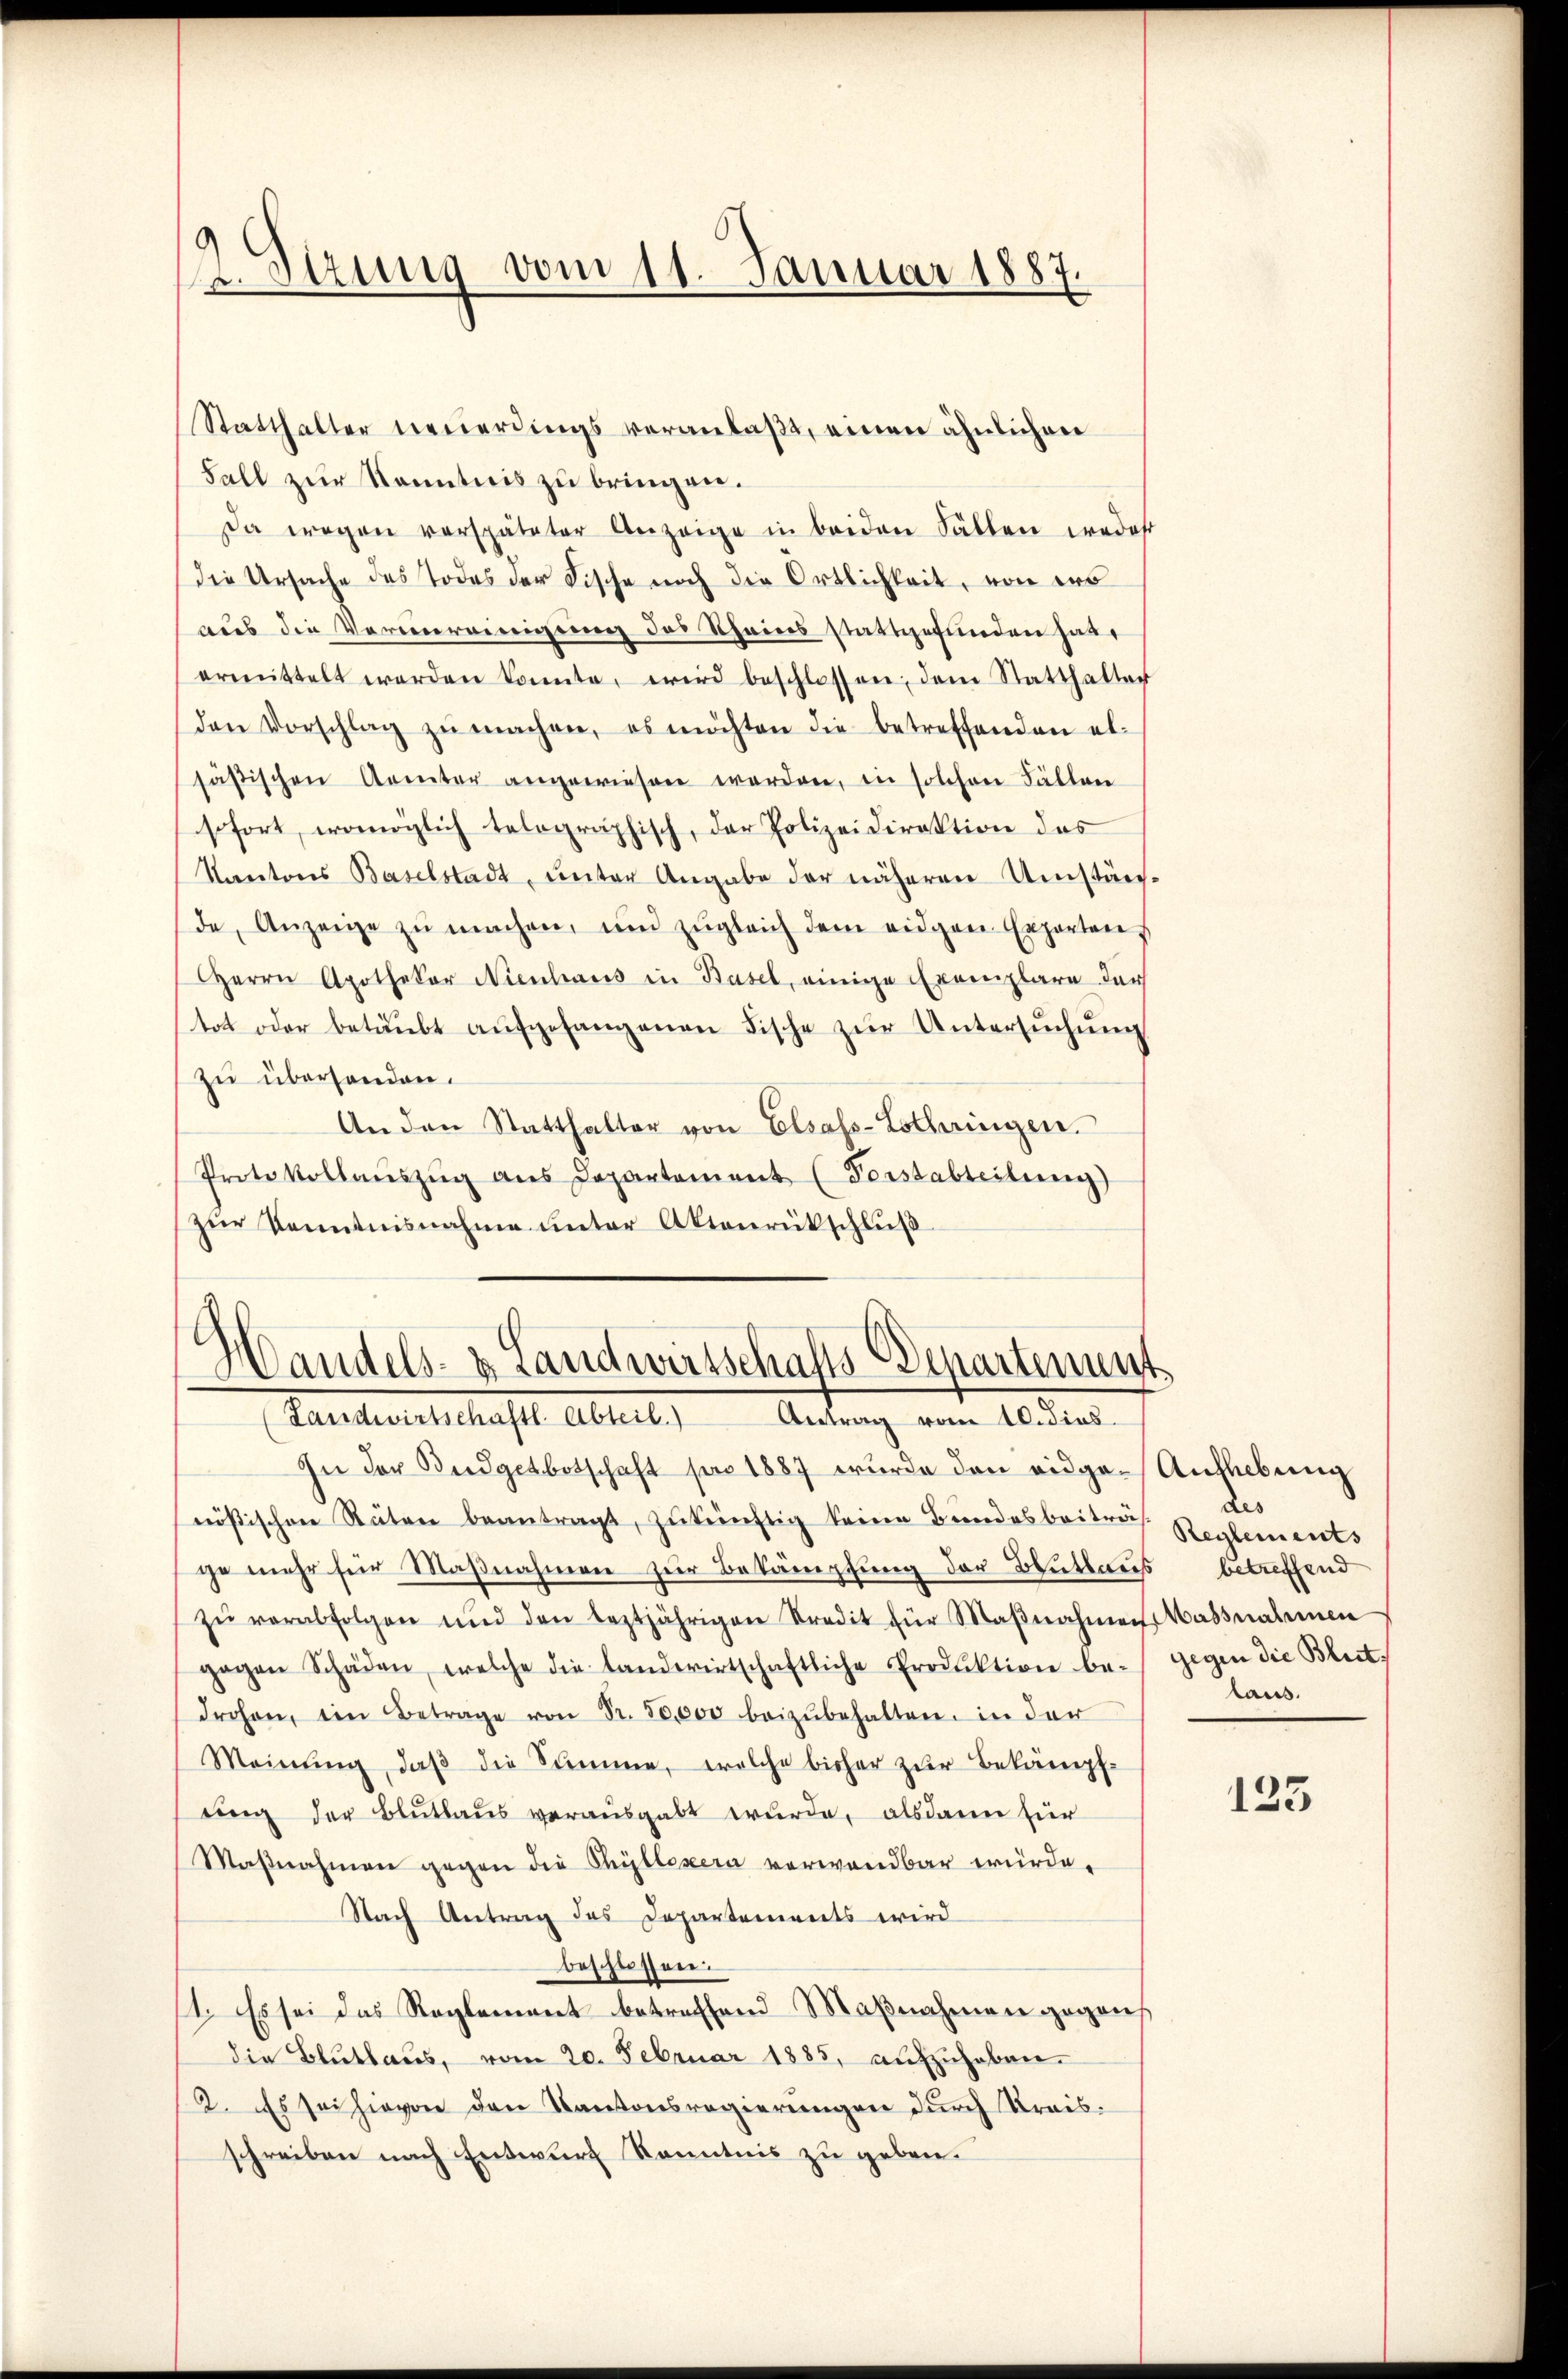
2. Sirung vom 11. Januar 1887.

Statthalter neuerdings veranlaßt, einen ähnlichen
Fall zur Kenntnis zu bringen.
Da wegen verspäteter Anzeige in beiden Fällen weder
die Ursache des Todes der Fische noch die Ortlichkeit, von ers
aus die Vermereinigung des Rheins stattgefunden habe
ermittelt werden konnte, wird beschlossen, dem Statthalter
den Vorschlag zŭ machen, es möchten die betreffenden elfästischen Aemter angewiesen werden, in solchen Fällen
sofort, womöglich telographisch, der Polizeidirektion des
Kantons Baselstadt, unter Angabe der näheren Umstände, Anzeige zŭ machen, und zŭgleich dem eidgen Experten,
Herrn Apothekar Nienhaus in Basel, einige Exemplare der
tot oder betäubt aŭfgefangenen Fische zŭr Untersŭchŭng
zu überhanden.
An den Statthalter von Elsass-Lotheringen.
Protokollaŭszŭg ans Departement (Forstabteilung)
(zur Kenntnisnahme unter Aktenrückschluß

Handels- & Landwirtschafts-Departement
(Landwirtschaftl. Abteil.) Antrag vom 10. dies

In der Budgetbotschaft pro 1887 wurde den eidgenößischen Stäten beantragt, zŭkünftig keine Bundesbeiträ
ge mehr für Maßnahmen zur Bekämpfung der Blutaus betreffend
zŭ verabfolgen und den leztjährigen Stredit für Maβnahmen Massnahmen
gegen Schäden, welche die Landwirtschaftliche Produktion be-
drohen, ein Betrage von Fr. 50,000 beizŭbehalten, in der
Meinŭng, daβ die Summe, welche bisher zur Bekämpf-
ting der Bluthaus verausgabt wurde, alsdann für
Maβnahmen gegen die Chyllexera verwandbar würde,
Nach Antrag des Departements wird
beschlossen.
11. Es sei das Reglement betreffend Maßnahmen gegens
die Bluthaus, vom 20. Februar 1885, aufzuheben.
2. Es sei hievon den Kantonsregierungen durch Kreisschreiben nach Entwurf Kenntnis zu geben.

Aufhebung
des
Reglements
gegen die Bleit.
laus.

133